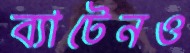
ব্যাটেনও